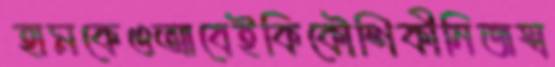
হামকেওআবেইকিকৌশিকীনিজস্ব